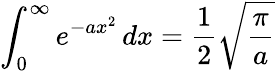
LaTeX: \int_{0}^{\infty}e^{-ax^{2}}\, dx={\frac{1}{2}}{\sqrt{\frac{\pi}{a}}}